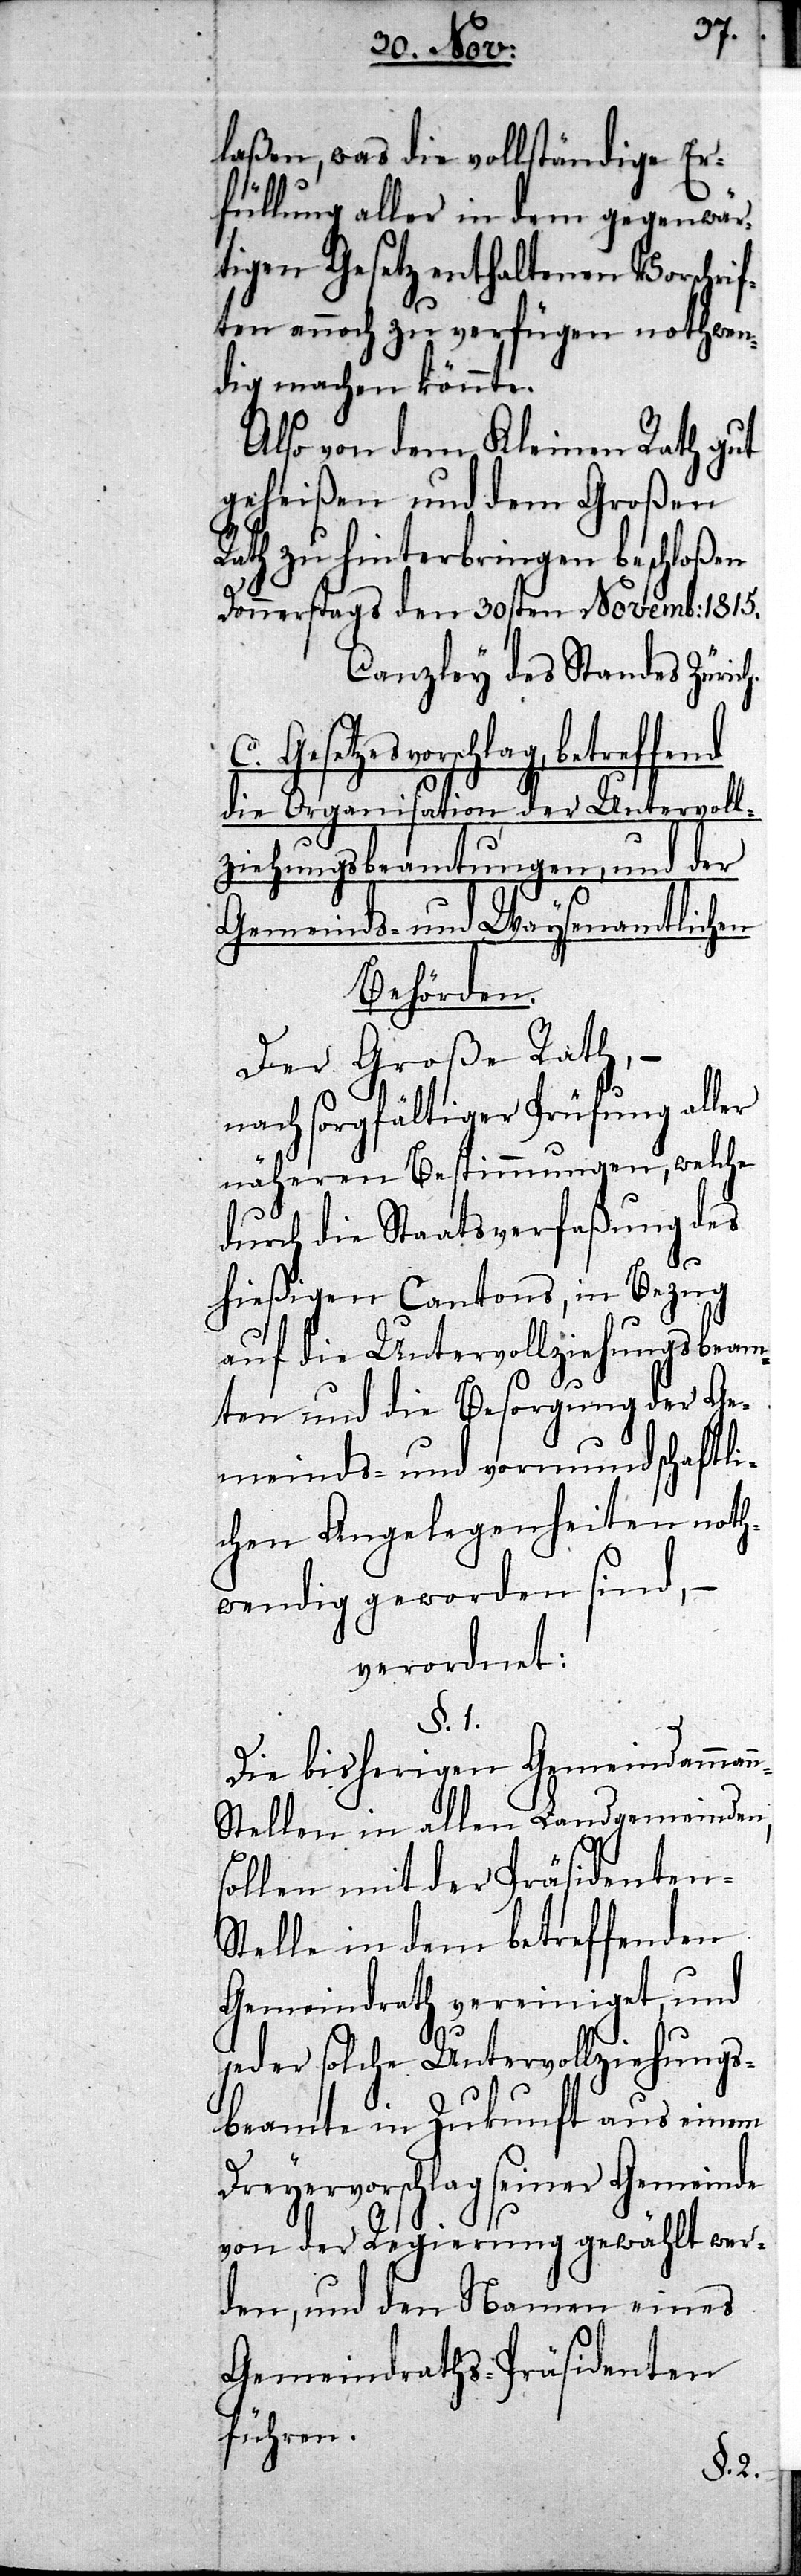
D¬
C. Ges¬
laßen, was die vollständige Er¬
füllung aller in dem gegenwär¬
tigen Gesetz enthaltenen Vorschrif¬
ten annoch zu verfügen nothwen¬
dig machen könnte.
Also von dem Kleinen Rath gut
geheißen und dem Großen
Rath zu hinterbringen beschloßen
Donnerstags den 30sten Novemb: 1815.
Canzley des Standes Züric¬
etzesvorschlag, betreffend
die Organisation der Untervoll¬
ziehungsbeamtungen, und der
Gemeinds- und Waysenamtlichen
Behörden.
Der Große Rath,
nach sorgfältiger Prüfung aller
näheren Bestimmungen, welche
durch die Staatsverfaßung des
hießigen Cantons, in Bezug
auf die Untervollziehungsbeam¬
ten und die Besorgung der Ge¬
meinds- und vormundschaftli¬
chen Angelegenheiten noth¬
wendig geworden sind,
verordnet:
§. 1.
Die bisherigen Gemeindamman¬
n-Stellen in allen Landgemeinden,
sollen mit der Präsidenten-S¬
telle in dem betreffenden
Gemeindrath vereiniget, und
jeder solche Untervollziehungs¬
beamte in Zukunft aus einem
reyervorschlag seiner Gemeinde
von der Regierung gewählt wer¬
den, und den Namen eines
Gemeindraths-Präsidenten
führen.